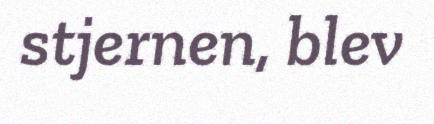
stjernen, blev